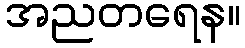
အညတရေန။